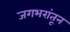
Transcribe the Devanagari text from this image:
जगभरांतून